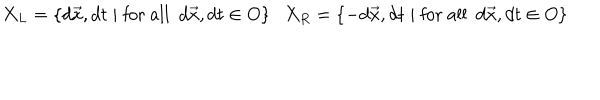
X _ { L } = \{ d \vec { x } , d t \; | \; \mathrm { f o r ~ a l l } ~ ~ d \vec { x } , d t \in O \} X _ { R } = \{ - d \vec { x } , d t \; | \; \mathrm { f o r ~ a l l } ~ ~ d \vec { x } , d t \in O \}